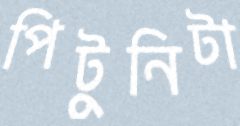
পিটুনিটা